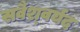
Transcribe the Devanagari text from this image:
सर्वैश्‍वर्यद